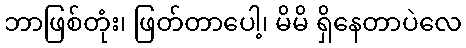
ဘာဖြစ်တုံး၊ ဖြတ်တာပေါ့၊ မိမိ ရှိနေတာပဲလေ